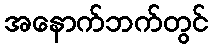
အနောက်ဘက်တွင်